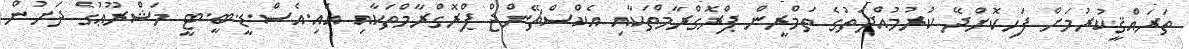
ތަރައްޤީކުރުމަށް ފަހިކޮށްދޭ ކުރުމުއްދަތުގެ ތަމްރީން ޕްރޮގްރާމްތަކާއި އެކްސްޗޭންޖް ޕްރޮގްރާމްތަކާއި އައި.އެސް.ޑީ.ބީ.ޓީ މަޝްރޫޢުގެ ދަށުން